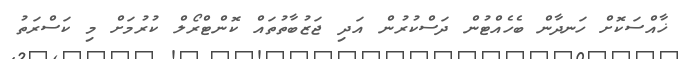
ޚާއްސަކޮށް ހަނދާން ބެހެއްޓުން ދަސްކުރުން އަދި ޖަޒުބާތުތައް ކޮންޓްރޯލް ކުރުމަށް މި ކަސްރަތު